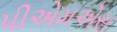
પીએમએસ